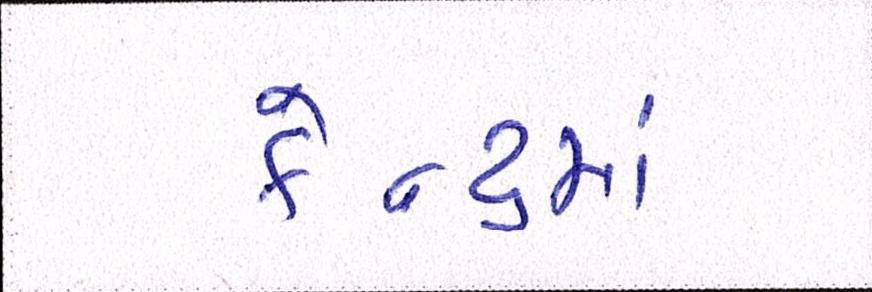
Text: કેન્દ્રમાં